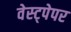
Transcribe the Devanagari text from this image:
वेस्ट्पेपर